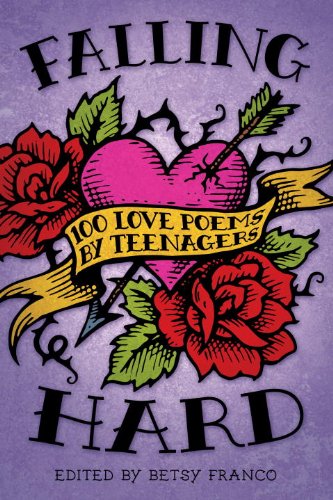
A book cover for Falling Hard: 100 Love Poems by Teenagers; Teen & Young Adult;